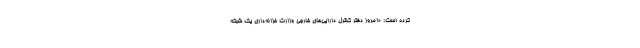
کرده است: «امروز دفتر کنترل دارایی‌های خارجی وزارت خزانه‌داری یک شبکه